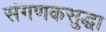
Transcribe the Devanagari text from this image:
संगणकसुद्धा